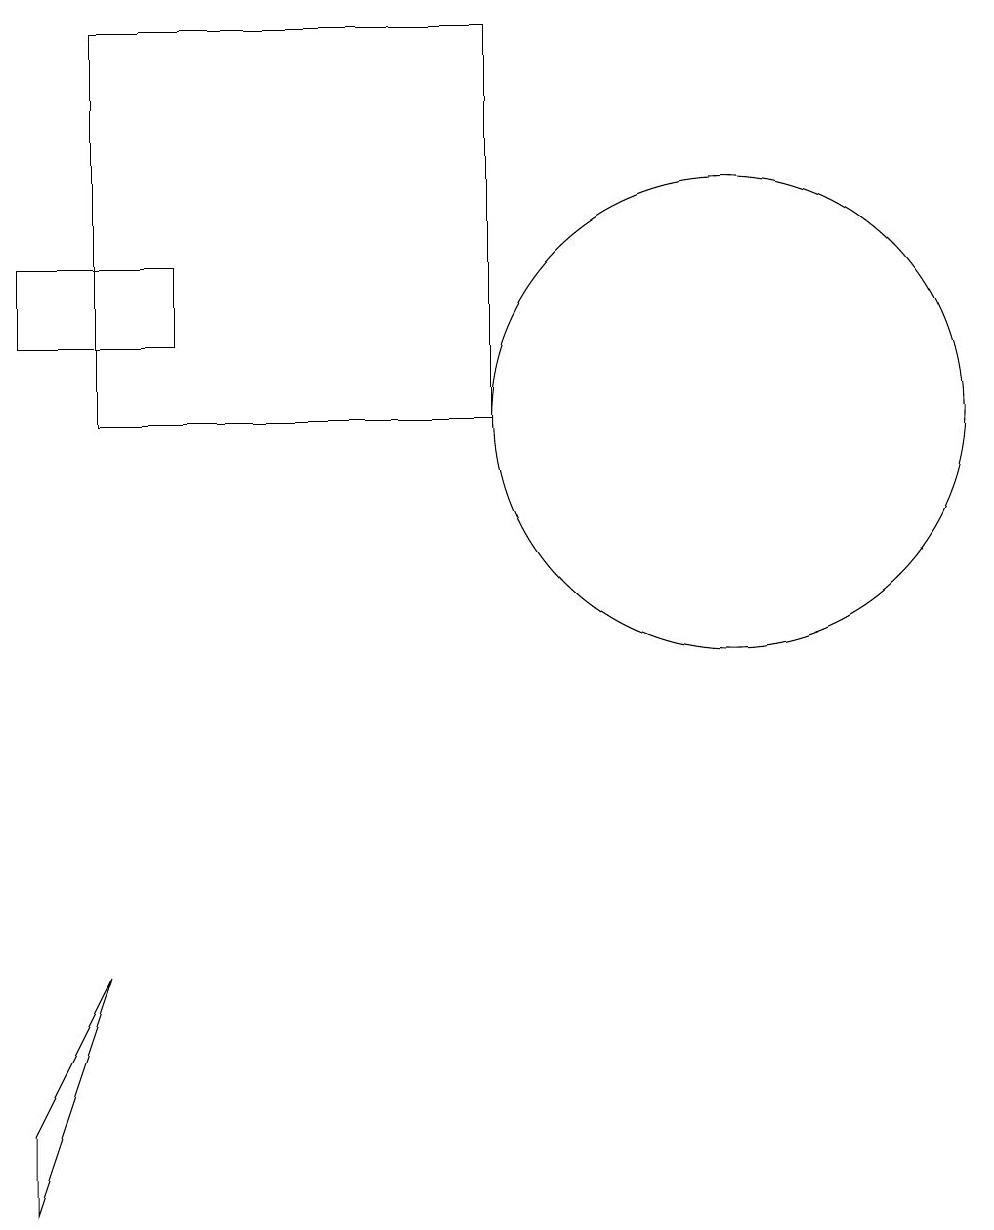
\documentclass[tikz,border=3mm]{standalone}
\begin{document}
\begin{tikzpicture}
\draw (7,15) rectangle (2,10);
\draw (1,11) rectangle (3,12);
\draw (2,3) -- (1,1) -- (1,0) -- cycle;
\draw (10,10) circle (3);
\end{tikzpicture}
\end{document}